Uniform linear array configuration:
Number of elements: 8
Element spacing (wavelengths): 1
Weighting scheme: binomial
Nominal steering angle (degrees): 45
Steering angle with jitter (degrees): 46.084
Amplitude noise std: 0.05
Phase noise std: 0.05

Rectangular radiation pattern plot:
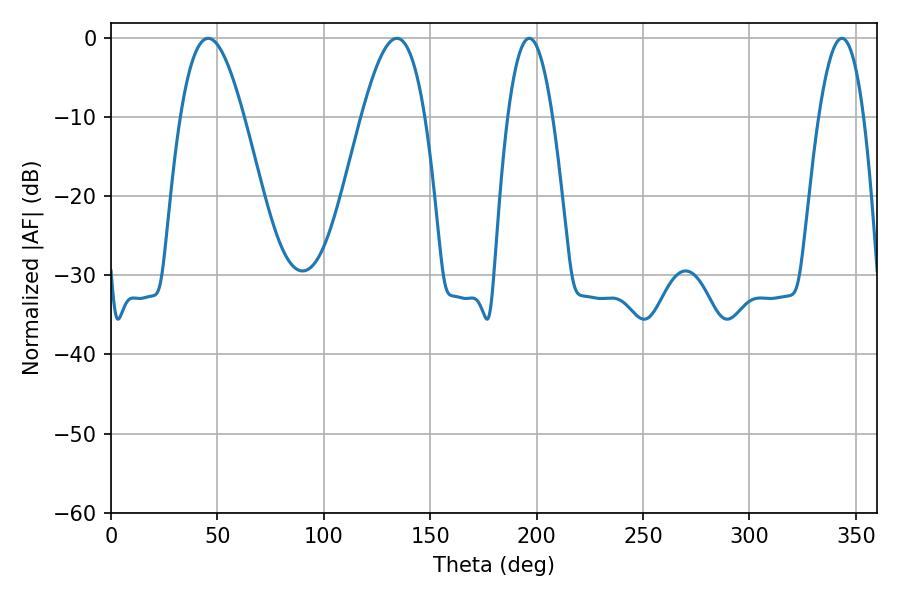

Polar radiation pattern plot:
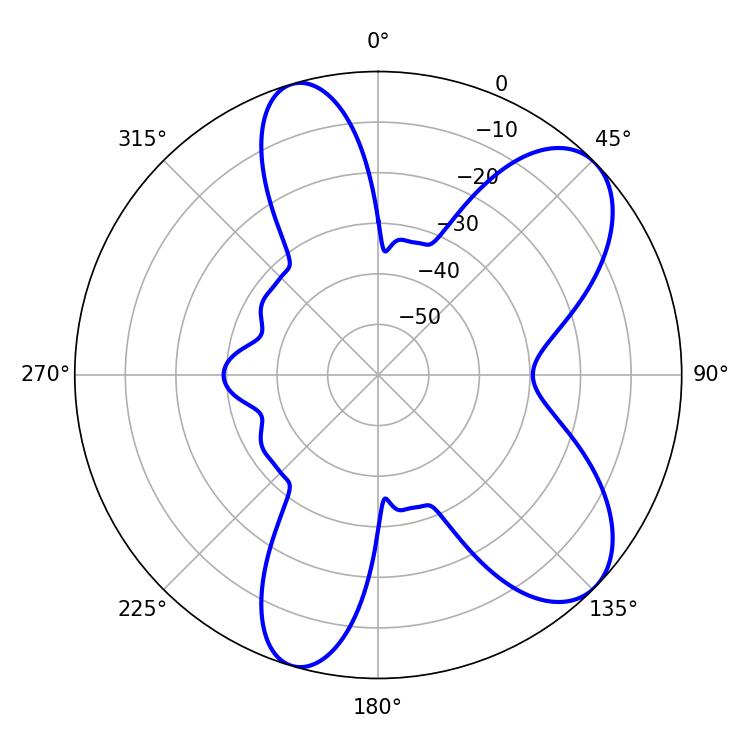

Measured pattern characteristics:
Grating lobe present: TRUE
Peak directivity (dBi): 7.983
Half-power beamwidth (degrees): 11.7
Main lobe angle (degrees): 196.56